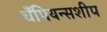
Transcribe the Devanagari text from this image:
चँपियन्सशीप